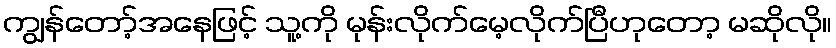
ကျွန်တော့်အနေဖြင့် သူ့ကို မုန်းလိုက်မေ့လိုက်ပြီဟုတော့ မဆိုလို။